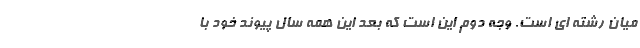
میان رشته ای است. وجه دوم این است که بعد این همه سال پیوند خود با